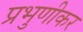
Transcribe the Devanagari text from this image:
प्रभुणीकर